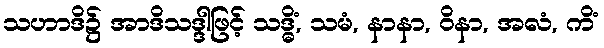
သဟာဒိ၌ အာဒိသဒ္ဒါဖြင့် သဒ္ဓိံ, သမံ, နာနာ, ဝိနာ, အလံ, ကိံ